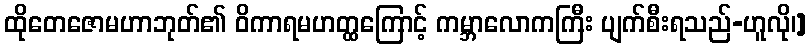
ထိုတေဇောမဟာဘုတ်၏ ဝိကာရမဟတ္ထကြောင့် ကမ္ဘာလောကကြီး ပျက်စီးရသည်-ဟူလို၊]